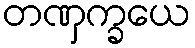
တဏှက္ခယေ